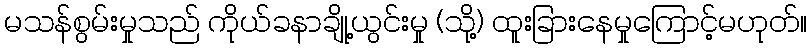
မသန်စွမ်းမှုသည် ကိုယ်ခနာချို့ယွင်းမှု (သို့) ထူးခြားနေမှုကြောင့်မဟုတ်။